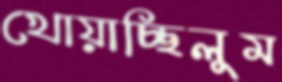
খোয়াচ্ছিলুম